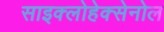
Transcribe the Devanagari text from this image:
साइक्लोहेक्सेनोल